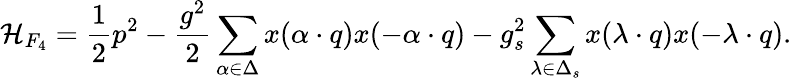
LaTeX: {\cal H}_{F_{4}}={\frac{1}{2}}p^{2}-{\frac{g^{2}}{2}}\sum_{\alpha\in\Delta}x(\alpha\cdot q)x(-\alpha\cdot q)-{g_{s}^{2}}\sum_{\lambda\in\Delta_{s}}x(\lambda\cdot q)x(-\lambda\cdot q).